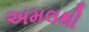
અમલથી